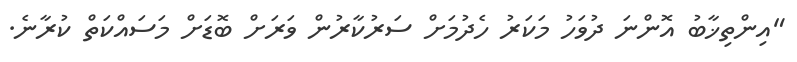
"އިންތިޚާބު އޮންނަ ދުވަހު މަކަރު ހެދުމަށް ސަރުކާރުން ވަރަށް ބޮޑަށް މަސައްކަތް ކުރާނެ.